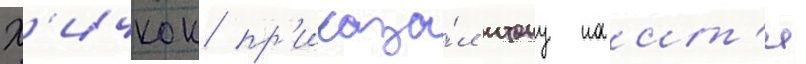
Х'ичкок пр'иказа́л итону наит'и